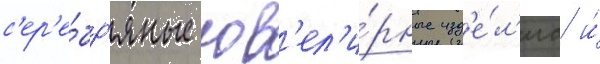
с'ер'е́бр'яные юв'ел'и́рные изд'е́л'иа и́